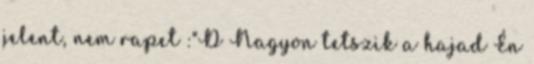
jelent, nem rapet :"D Nagyon tetszik a hajad Én